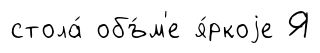
стола́ объ́м'е я́ркоjе Я